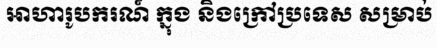
អាហារូបករណ៍ ក្នុង និងក្រៅប្រទេស សម្រាប់